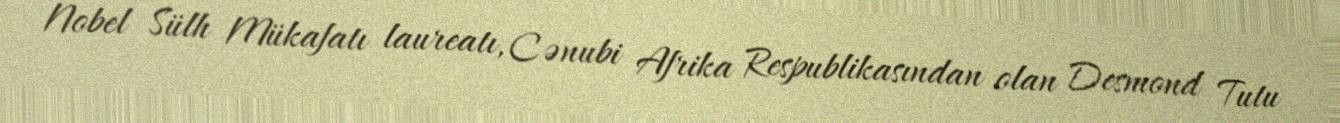
Nobel Sülh Mükafatı laureatı, Cənubi Afrika Respublikasından olan Desmond Tutu